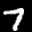
Label: 7